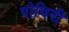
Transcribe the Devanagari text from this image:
पोथिनी